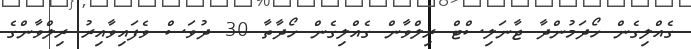
ގެއްލިގެން ހޯދަމުންދާ ޖާނަލިސްޓް ރިލްވާން ގެއްލިގެން ހޯދާތާ 30 ދުވަސް ވެފައިވާއިރު ރިލްވާންގެ